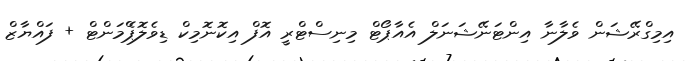
އިމިގްރޭޝަން ވެލާނާ އިންޓަނޭޝަނަލް އެއާޕޯޓް މިނިސްޓްރީ އޮފް އިކޮނޮމިކް ޑިވެލޮޕްެމަންޓް + ފައްޔާޒް